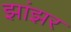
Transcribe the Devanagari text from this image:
झांझर